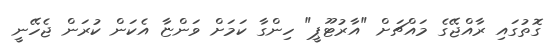
ގޮތުގައި ރާއްޖޭގެ މައްޗަށް "އާރުޓޫޕީ" ހިންގާ ކަމަށް ވަންޏާ އެކަން ކުރަން ޖެހޭނީ